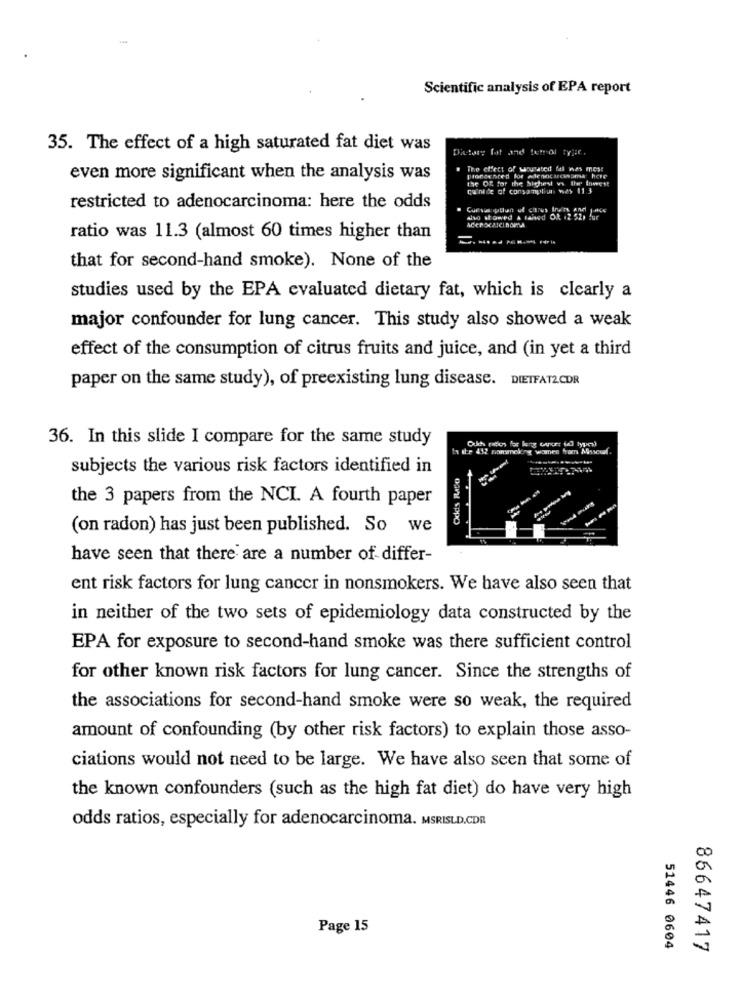
Scientific analysis of EPA report
35. The effect of a high saturated fat diet was
Dietary fat and ferrol tyjif,
The effect of sousated fel was most
even more significant when the analysis was
pronachted for adenocarcinoma here
the Of for the Sichest vs the lowest
quinide of consampliut wes 11.3
restricted to adenocarcinoma: here the odds
Cursus llun of citrus Inns and
also showed & rahed Ox .2 52, for
ratio was 11.3 (almost 60 times higher than
that for second-hand smoke). None of the
studies used by the EPA evaluated dietary fat, which is clearly a
major confounder for lung cancer. This study also showed a weak
effect of the consumption of citrus fruits and juice, and (in yet a third
paper on the same study), of preexisting lung disease. DIETFATZCDR
36. In this slide I compare for the same study
ite 432 nonsmoking women from Mascul
subjects the various risk factors identified in
Odds Rato
the 3 papers from the NCI. A fourth paper
(on radon) has just been published. So we
have seen that there are a number of differ-
ent risk factors for lung cancer in nonsmokers. We have also seen that
in neither of the two sets of epidemiology data constructed by the
EPA for exposure to second-hand smoke was there sufficient control
for other known risk factors for lung cancer. Since the strengths of
the associations for second-hand smoke were so weak, the required
amount of confounding (by other risk factors) to explain those asso-
ciations would not need to be large. We have also seen that some of
the known confounders (such as the high fat diet) do have very high
odds ratios, especially for adenocarcinoma. MSRISLD.CDR.
Page 15
51446 0604
86647417